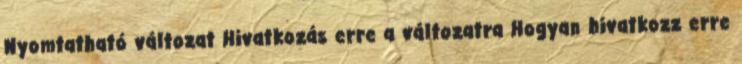
Nyomtatható változat Hivatkozás erre a változatra Hogyan hivatkozz erre